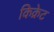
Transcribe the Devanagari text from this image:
किक्रेट